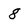
Character: 8